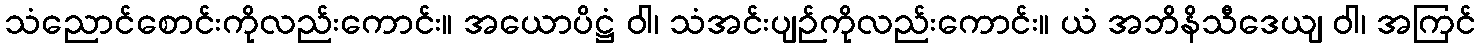
သံညောင်စောင်းကိုလည်းကောင်း။ အယောပိဋ္ဌံ ဝါ၊ သံအင်းပျဉ်ကိုလည်းကောင်း။ ယံ အဘိနိသီဒေယျ ဝါ၊ အကြင်